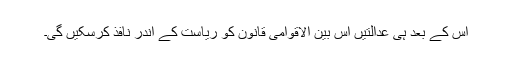
اس کے بعد ہی عدالتیں اس بین الاقوامی قانون کو ریاست کے اندر نافذ کرسکیں گی۔